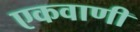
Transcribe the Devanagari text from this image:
एकवाणी